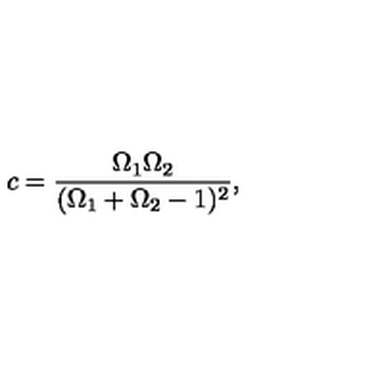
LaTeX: c = \frac { \Omega _ { 1 } \Omega _ { 2 } } { ( \Omega _ { 1 } + \Omega _ { 2 } - 1 ) ^ { 2 } } ,